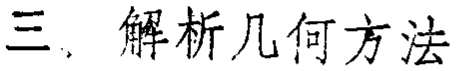
三、解析几何方法